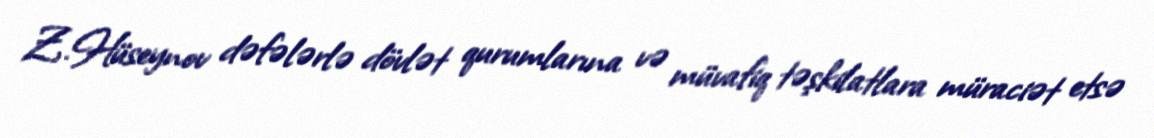
Z.Hüseynov dəfələrlə dövlət qurumlarına və müvafiq təşkilatlara müraciət etsə